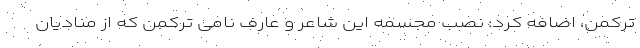
ترکمن، اضافه کرد: نصب مجسمه این شاعر و عارف نامی ترکمن که از منادیان